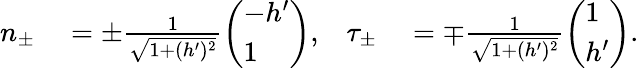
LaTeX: \begin{array}{rlrl}{n_{\pm}}&{{}=\pm\frac{1}{\sqrt{1+(h^{\prime})^{2}}}\left(\begin{array}{l}{-h^{\prime}}\\ {1}\end{array}\right),}&{\tau_{\pm}}&{{}=\mp\frac{1}{\sqrt{1+(h^{\prime})^{2}}}\left(\begin{array}{l}{1}\\ {h^{\prime}}\end{array}\right).}\end{array}